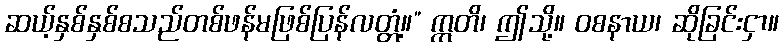
ဆယ့်နှစ်နှစ်စသည်တစ်ဖန်မဖြစ်ပြန်လတ္တံ့။” ဣတိ၊ ဤသို့။ ဝစနာယ၊ ဆိုခြင်းငှာ။